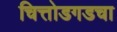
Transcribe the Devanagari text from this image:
चित्तोडगडचा